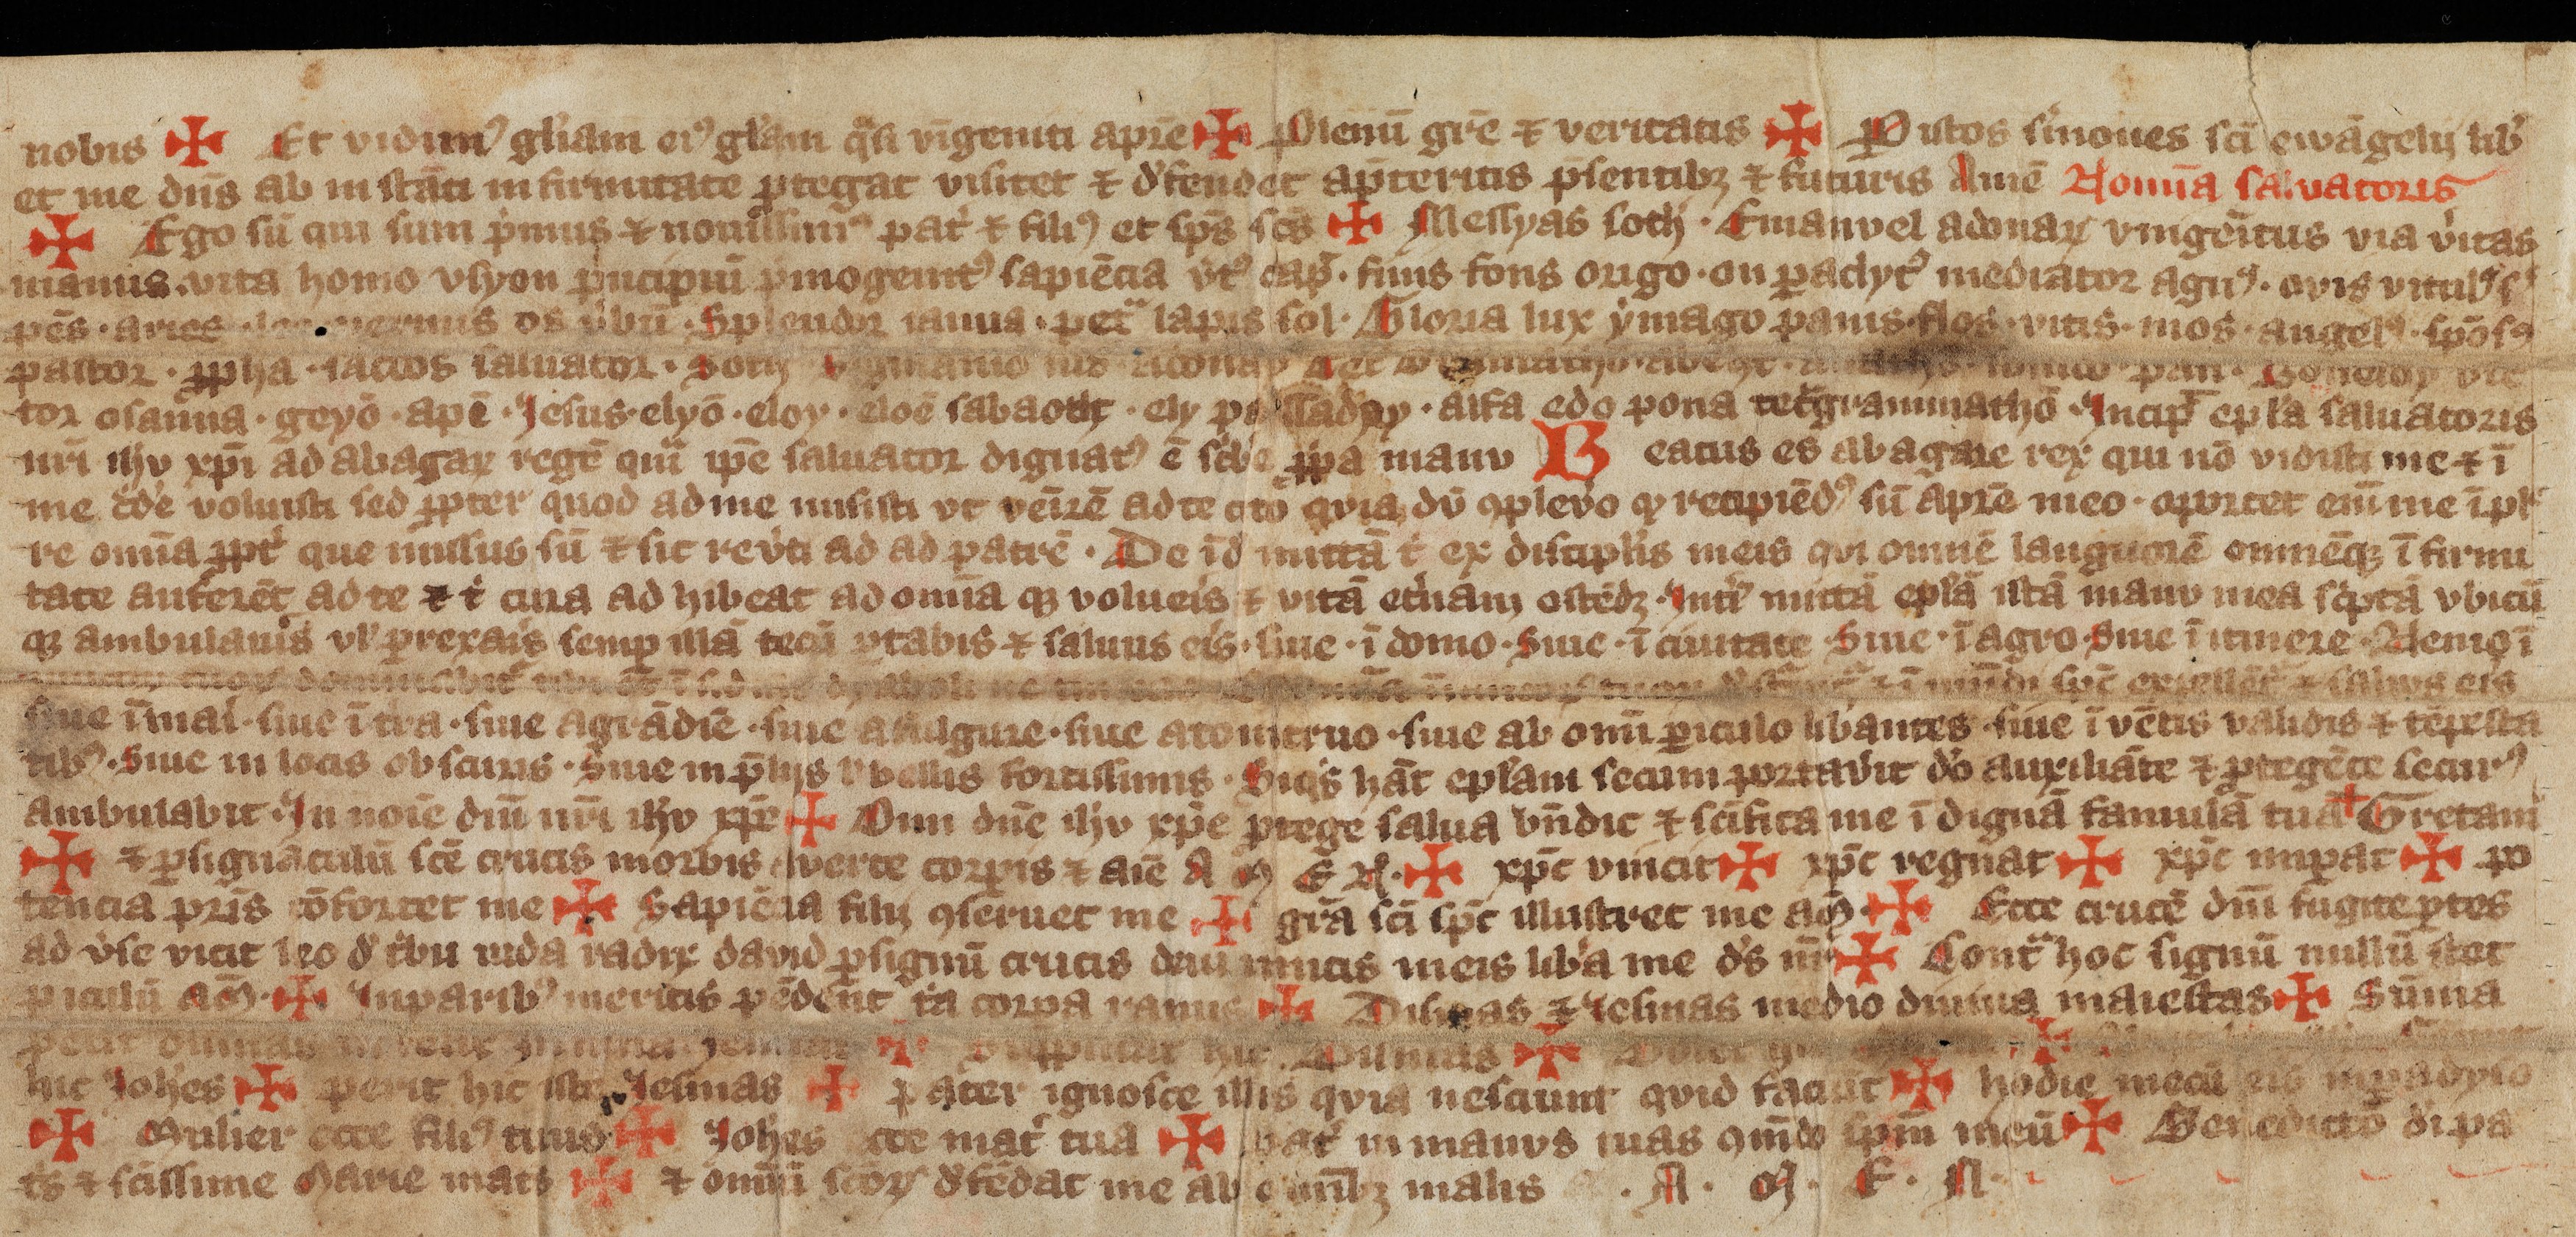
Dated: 1300–1399